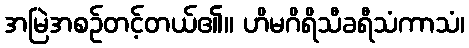
အမြဲအစဉ်တင့်တယ်၏။ ဟိမဂိရိသီခရီသံကာသံ၊